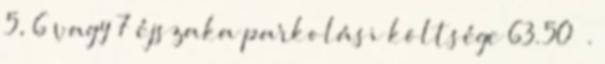
5, 6 vagy 7 éjszaka parkolási költsége 63.50 €.